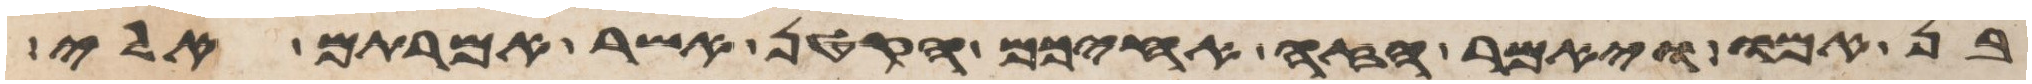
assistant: בן אמו ויאמר הזה אחיכם הקטן אשר אמרתם אלי